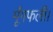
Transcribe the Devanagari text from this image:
मूँगफली।